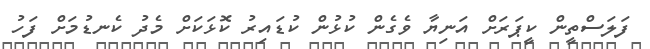
ފަލަސްތީން ކީޕަރަށް އަނިޔާ ވެގެން ކުޅުން ކުޑައިރު ކޮޅަކަށް މެދު ކެނޑުމަށް ފަހު